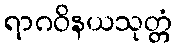
ရာဂဝိနယသုတ္တံ